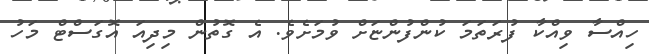
ހިއްސާ ވިއްކާ ފުރަތަމަ ކުންފުންޏަށް ވުމަށެވެ. އެ ގޮތުން މިދިއަ އޮގަސްޓް މަހު